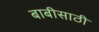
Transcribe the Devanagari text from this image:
बाबीसाठी